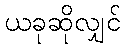
ယခုဆိုလျှင်